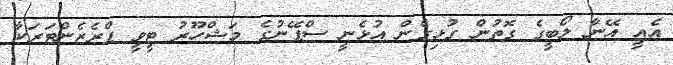
އެއީ އޭނާ ލޯބީގެ ގޮތުން ގުޅިގެން އުޅެނީ ސްޕޭނުގެ މަޝްހޫރު ޓީވީ ޕްރެޒެންޓަރަކާ